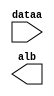
// This program was cloned from: https://github.com/Waikebber/PWM-Robotic-Arm
// License: MIT License

// megafunction wizard: %LPM_COMPARE%VBB%
// GENERATION: STANDARD
// VERSION: WM1.0
// MODULE: LPM_COMPARE 

// ============================================================
// Megafunction Name(s):
// 			LPM_COMPARE
//
// Simulation Library Files(s):
// 			lpm
// ============================================================
// ************************************************************
// THIS IS A WIZARD-GENERATED FILE. DO NOT EDIT THIS FILE!
//
// 18.1.0 Build 625 09/12/2018 SJ Lite Edition
// ************************************************************

//Copyright (C) 2018  Intel Corporation. All rights reserved.
//Your use of Intel Corporation's design tools, logic functions 
//and other software and tools, and its AMPP partner logic 
//functions, and any output files from any of the foregoing 
//(including device programming or simulation files), and any 
//associated documentation or information are expressly subject 
//to the terms and conditions of the Intel Program License 
//Subscription Agreement, the Intel Quartus Prime License Agreement,
//the Intel FPGA IP License Agreement, or other applicable license
//agreement, including, without limitation, that your use is for
//the sole purpose of programming logic devices manufactured by
//Intel and sold by Intel or its authorized distributors.  Please
//refer to the applicable agreement for further details.

module comp_4sec (
	dataa,
	alb);

	input	[29:0]  dataa;
	output	  alb;

endmodule

// ============================================================
// CNX file retrieval info
// ============================================================
// Retrieval info: PRIVATE: AeqB NUMERIC "0"
// Retrieval info: PRIVATE: AgeB NUMERIC "0"
// Retrieval info: PRIVATE: AgtB NUMERIC "0"
// Retrieval info: PRIVATE: AleB NUMERIC "0"
// Retrieval info: PRIVATE: AltB NUMERIC "1"
// Retrieval info: PRIVATE: AneB NUMERIC "0"
// Retrieval info: PRIVATE: INTENDED_DEVICE_FAMILY STRING "Cyclone V"
// Retrieval info: PRIVATE: LPM_PIPELINE NUMERIC "0"
// Retrieval info: PRIVATE: Latency NUMERIC "0"
// Retrieval info: PRIVATE: PortBValue NUMERIC "200000000"
// Retrieval info: PRIVATE: Radix NUMERIC "10"
// Retrieval info: PRIVATE: SYNTH_WRAPPER_GEN_POSTFIX STRING "0"
// Retrieval info: PRIVATE: SignedCompare NUMERIC "0"
// Retrieval info: PRIVATE: aclr NUMERIC "0"
// Retrieval info: PRIVATE: clken NUMERIC "0"
// Retrieval info: PRIVATE: isPortBConstant NUMERIC "1"
// Retrieval info: PRIVATE: nBit NUMERIC "30"
// Retrieval info: PRIVATE: new_diagram STRING "1"
// Retrieval info: LIBRARY: lpm lpm.lpm_components.all
// Retrieval info: CONSTANT: LPM_HINT STRING "ONE_INPUT_IS_CONSTANT=YES"
// Retrieval info: CONSTANT: LPM_REPRESENTATION STRING "UNSIGNED"
// Retrieval info: CONSTANT: LPM_TYPE STRING "LPM_COMPARE"
// Retrieval info: CONSTANT: LPM_WIDTH NUMERIC "30"
// Retrieval info: USED_PORT: alb 0 0 0 0 OUTPUT NODEFVAL "alb"
// Retrieval info: USED_PORT: dataa 0 0 30 0 INPUT NODEFVAL "dataa[29..0]"
// Retrieval info: CONNECT: @dataa 0 0 30 0 dataa 0 0 30 0
// Retrieval info: CONNECT: @datab 0 0 30 0 200000000 0 0 30 0
// Retrieval info: CONNECT: alb 0 0 0 0 @alb 0 0 0 0
// Retrieval info: GEN_FILE: TYPE_NORMAL comp_4sec.v TRUE
// Retrieval info: GEN_FILE: TYPE_NORMAL comp_4sec.inc TRUE
// Retrieval info: GEN_FILE: TYPE_NORMAL comp_4sec.cmp TRUE
// Retrieval info: GEN_FILE: TYPE_NORMAL comp_4sec.bsf TRUE
// Retrieval info: GEN_FILE: TYPE_NORMAL comp_4sec_inst.v TRUE
// Retrieval info: GEN_FILE: TYPE_NORMAL comp_4sec_bb.v TRUE
// Retrieval info: LIB_FILE: lpm